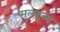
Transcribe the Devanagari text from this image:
मुलद्र्व्ये